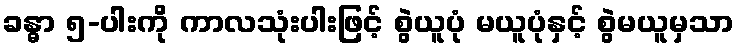
ခန္ဓာ ၅-ပါးကို ကာလသုံးပါးဖြင့် စွဲယူပုံ မယူပုံနှင့် စွဲမယူမှသာ